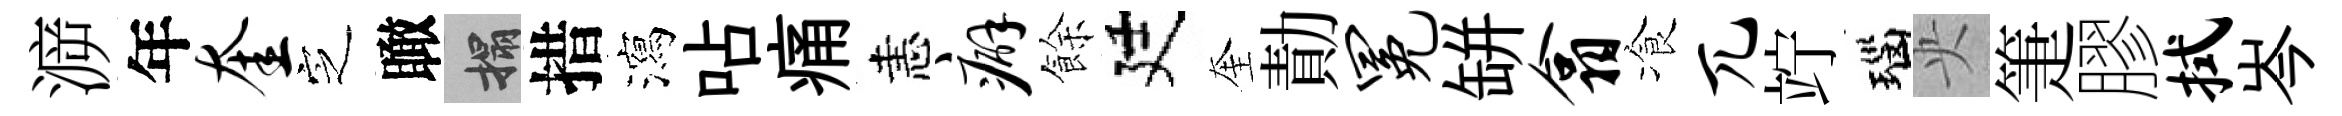
㴑年奎㝎瞰搨措瀉呫痛恚癖餘廷奎勣冕缾翕飡兀竚瑙央箑膠拭岑